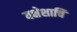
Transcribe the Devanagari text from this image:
यक्षेशाचि